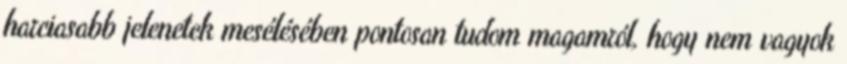
harciasabb jelenetek mesélésében pontosan tudom magamról, hogy nem vagyok